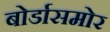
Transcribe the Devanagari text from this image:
बोर्डासमोर